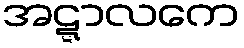
အဋ္ဋာလကေ